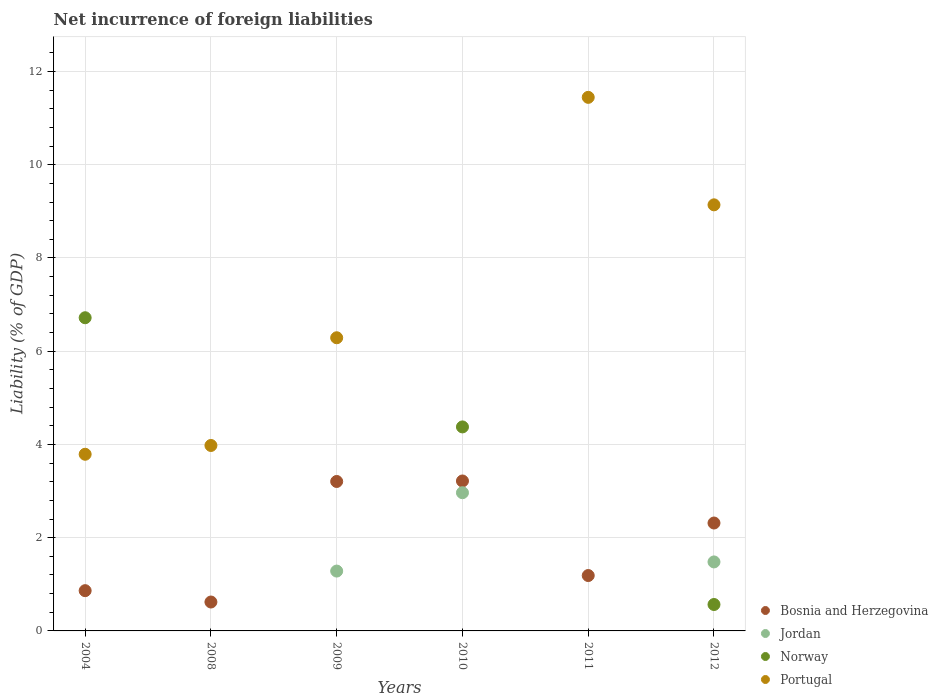
| Years | Bosnia and Herzegovina | Jordan | Norway | Portugal |
 | --- | --- | --- | --- | --- |
 | 2004 | 0.863 | -2.99 | 6.72 | 3.79 |
 | 2008 | 0.62 | -11.2 | -10.9 | 3.98 |
 | 2009 | 3.21 | 1.28 | -14.6 | 6.29 |
 | 2010 | 3.22 | 2.96 | 4.38 | -1.45 |
 | 2011 | 1.19 | -1.12 | -10.3 | 11.4 |
 | 2012 | 2.31 | 1.48 | 0.567 | 9.14 |